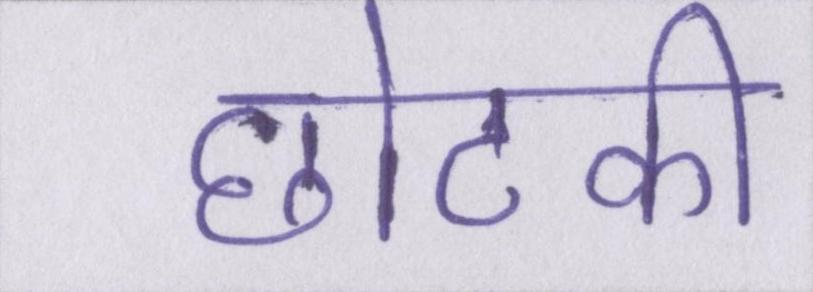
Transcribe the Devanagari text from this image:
छोटकी